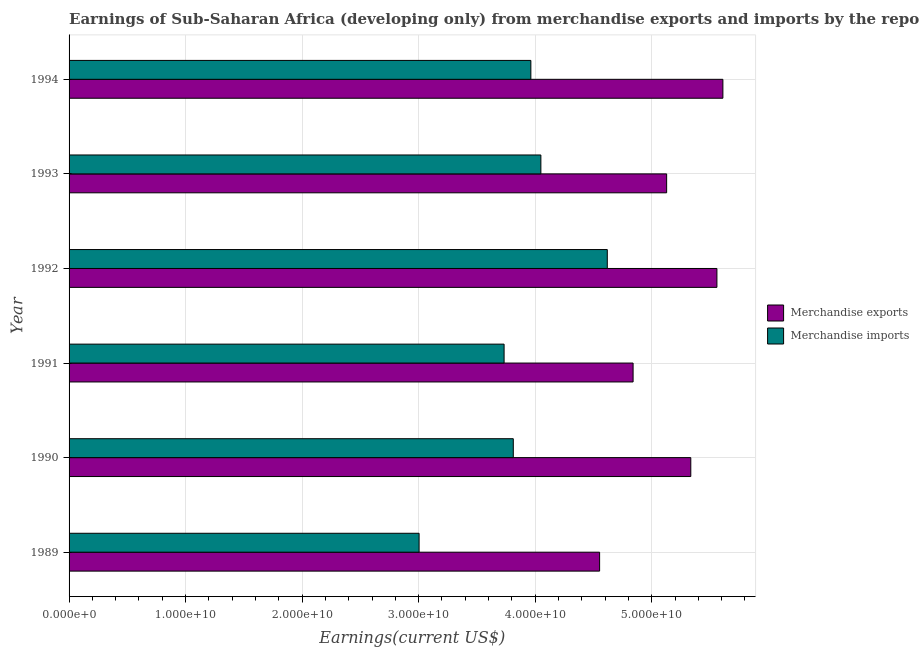
| Year | Merchandise exports | Merchandise imports |
 | --- | --- | --- |
 | 1989 | 4.55e+10 | 3e+10 |
 | 1990 | 5.34e+10 | 3.81e+10 |
 | 1991 | 4.84e+10 | 3.73e+10 |
 | 1992 | 5.56e+10 | 4.62e+10 |
 | 1993 | 5.13e+10 | 4.05e+10 |
 | 1994 | 5.61e+10 | 3.96e+10 |